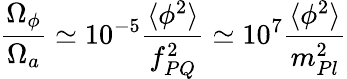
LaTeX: \frac{\Omega_{\phi}}{\Omega_{a}}\simeq 10^{-5}\frac{\langle\phi^{2}\rangle}{f_{PQ}^{2}}\simeq 10^{7}\frac{\langle\phi^{2}\rangle}{m_{Pl}^{2}}